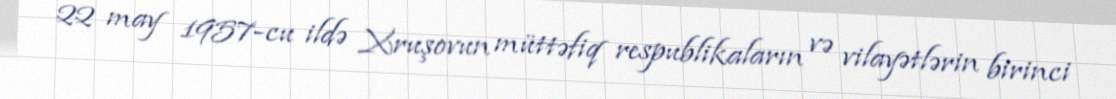
22 may 1957-cu ildə Xruşovun müttəfiq respublikaların və vilayətlərin birinci